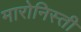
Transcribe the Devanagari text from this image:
मारोनिस्ती